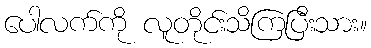
ပေါလက်ကို လူတိုင်းသိကြပြီးသား။